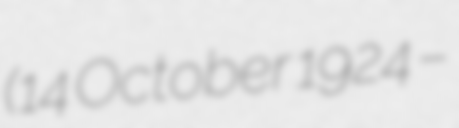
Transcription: (14 October 1924 –